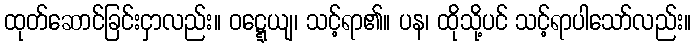
ထုတ်ဆောင်ခြင်းငှာလည်း။ ဝဋ္ဋေယျ၊ သင့်ရာ၏။ ပန၊ ထိုသို့ပင် သင့်ရာပါသော်လည်း။